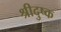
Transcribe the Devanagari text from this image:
श्रीदुष्क